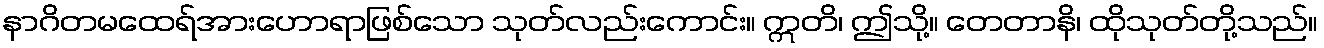
နာဂိတမထေရ်အားဟောရာဖြစ်သော သုတ်လည်းကောင်း။ ဣတိ၊ ဤသို့။ တေတာနိ၊ ထိုသုတ်တို့သည်။